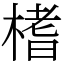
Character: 榰